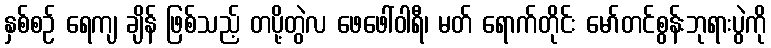
နှစ်စဉ် ရေကျ ချိန် ဖြစ်သည့် တပို့တွဲလ ဖေဖေါ်ဝါရီ၊ မတ် ရောက်တိုင်း မော်တင်စွန်းဘုရားပွဲကို